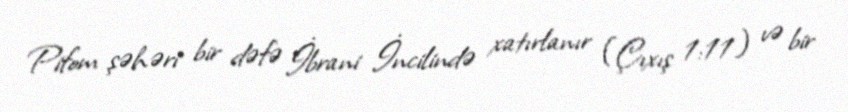
Pifom şəhəri bir dəfə İbrani İncilində xatırlanır (Çıxış 1:11) və bir